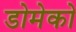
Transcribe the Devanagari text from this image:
डोमेको